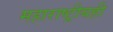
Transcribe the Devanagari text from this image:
महाराष्ट्रीयही